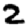
Digit: 2